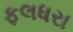
ફલધરા